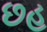
છહ